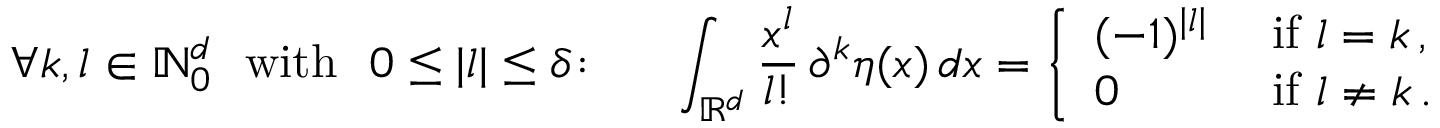
\forall k , l \in \mathbb { N } _ { 0 } ^ { d } \ \mathrm { ~ w i t h ~ } \ 0 \le | l | \le \delta \colon \ \quad \int _ { \mathbb { R } ^ { d } } \frac { x ^ { l } } { l ! } \, \partial ^ { k } \eta ( x ) \, d x = \left\{ \begin{array} { l l } { ( - 1 ) ^ { | l | } } & { \mathrm { ~ i f ~ } l = k \, , } \\ { 0 } & { \mathrm { ~ i f ~ } l \ne k \, . } \end{array} \right.